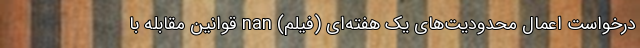
درخواست اعمال محدودیت‌های یک هفته‌ای (فیلم) nan قوانین مقابله با